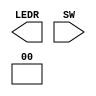
// ECEN2350 Intro to Verilog
// 7/15/2018, Michael Deeds
// University of Colorado, Boulder
// 



module Project1_top(

	//output		     [7:0]		HEX0,
	//output		     [7:0]		HEX1,
	output		     [9:0]		LEDR,
	input 		     [9:0]		SW
);
wire [7:0] sev0;
wire [4:0] num;
wire [7:0] sev1;
assign LEDR[9:8] = 2'b00;
//assign LEDR[7:0] = sev0[7:0];
//assign num[4:0]=SW[4:0];
//assign HEX0[7:0]=sev0[7:0];	
//assign HEX1[7:0]=sev1[7:0];		


//SevenSegment(sev0[7:0], num[3:0], num[4]);
//SevenSegment(sev1[7:0], num[3:0], num[4]);
endmodule